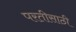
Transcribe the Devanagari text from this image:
परतीसाठी